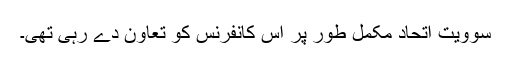
سوویت اتحاد مکمل طور پر اس کانفرنس کو تعاون دے رہی تھی۔